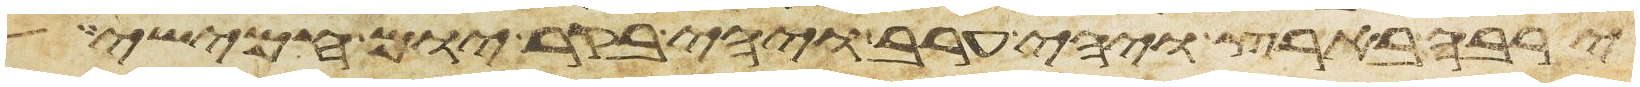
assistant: ירבה בארץ ויהי ערב ויהי בקר יום חמישי